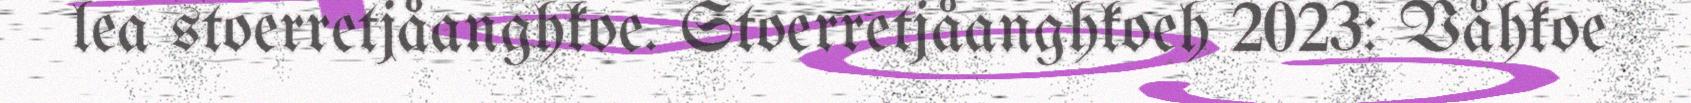
lea stoerretjåanghkoe. Stoerretjåanghkoeh 2023: Våhkoe